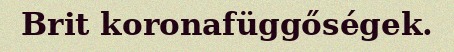
Brit koronafüggőségek.